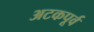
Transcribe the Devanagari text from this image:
अटकपूर्व